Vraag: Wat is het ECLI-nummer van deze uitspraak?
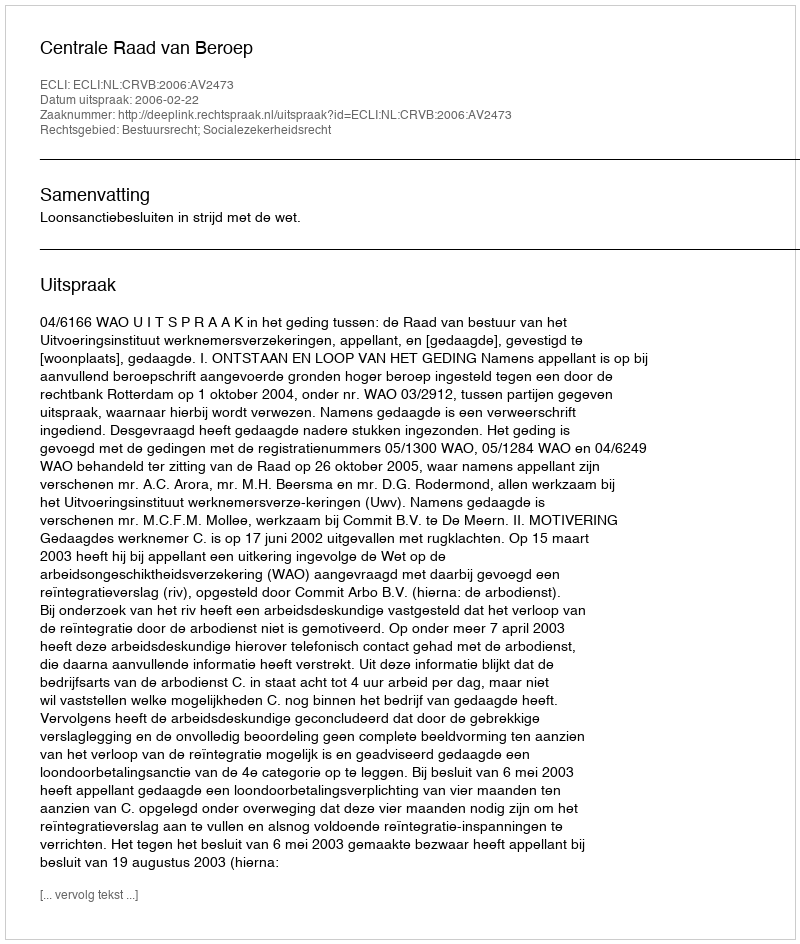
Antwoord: ECLI:NL:CRVB:2006:AV2473